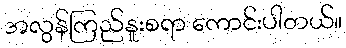
အလွန်ကြည်နူးစရာ ကောင်းပါတယ်။